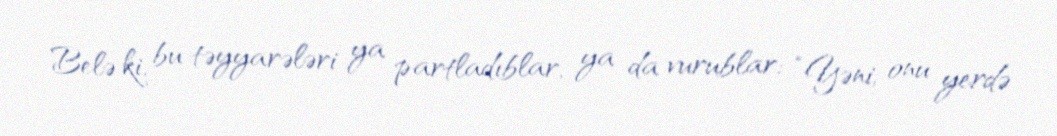
Belə ki, bu təyyarələri ya partladıblar, ya da vurublar: “Yəni, onu yerdə